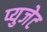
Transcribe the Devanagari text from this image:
प्युजेट